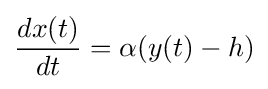
{\frac {dx(t)}{dt}}=\alpha (y(t)-h)